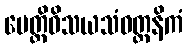
ပေတ္တိဝိသယသံဝတ္တနိကံ